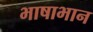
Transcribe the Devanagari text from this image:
भाषाभान